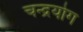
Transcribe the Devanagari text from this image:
चन्द्रयोग